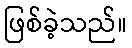
ဖြစ်ခဲ့သည်။